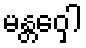
မန္တဝှေါ